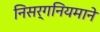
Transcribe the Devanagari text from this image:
निसर्गनियमाने